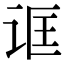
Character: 诓